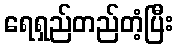
ရေရှည်တည်တံ့ပြီး